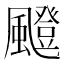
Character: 𩘼